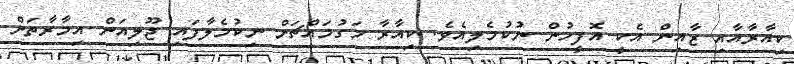
ކިއާރާއާއި ޒާއިން އެކީ އޮފީހުން ނުކުމެލިއެވެ. ކިއާރާ މަގުމައްޗަށް ނިކުމެލާފައި ޖޫލިއަން އިމާރާތަށް